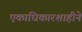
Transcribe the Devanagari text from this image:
एकाधिकारशाहीने